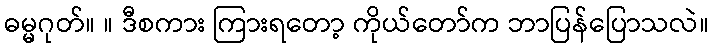
ဓမ္မဂုတ်။ ။ ဒီစကား ကြားရတော့ ကိုယ်တော်က ဘာပြန်ပြောသလဲ။